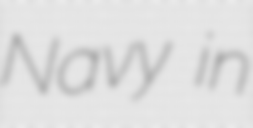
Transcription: Navy in